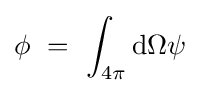
\phi \ =\ \int _{4\pi }\mathrm {d} \Omega \psi